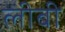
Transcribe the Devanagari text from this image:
लीबी